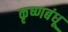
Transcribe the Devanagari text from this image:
कृष्णबंधू